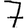
Digit: 7